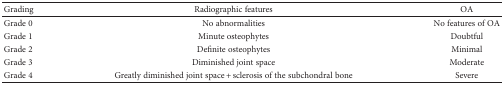
<table><thead><tr><td><b>Grading</b></td><td><b>Radiographic features</b></td><td><b>OA</b></td></tr></thead><tbody><tr><td>Grade 0</td><td>No abnormalities</td><td>No features of OA</td></tr><tr><td>Grade 1</td><td>Minute osteophytes</td><td>Doubtful</td></tr><tr><td>Grade 2</td><td>Definite osteophytes</td><td>Minimal</td></tr><tr><td>Grade 3</td><td>Diminished joint space</td><td>Moderate</td></tr><tr><td>Grade 4</td><td>Greatly diminished joint space + sclerosis of the subchondral bone</td><td>Severe</td></tr></tbody></table>